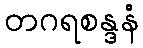
တဂရစန္ဒနံ